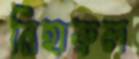
নিহারুল